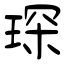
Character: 琛